Leaving Certificate Examination (including Day School Certificate (Higher) General paper), 1938
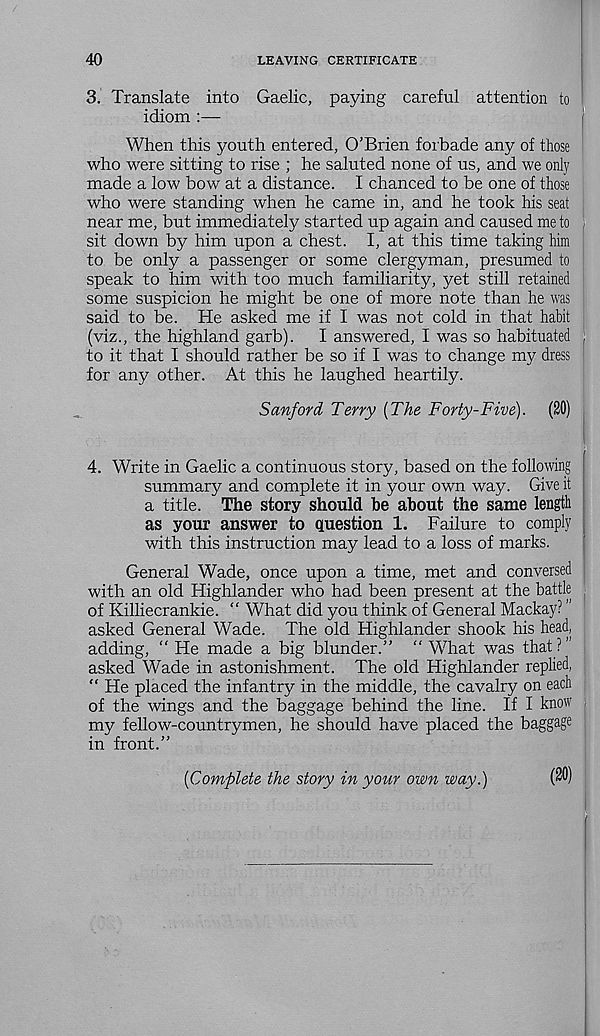
40
LEAVING CERTIFICATE
3. Translate into Gaelic, paying careful attention to
idiom :—
When this youth entered, O'Brien forbade any of those
who were sitting to rise ; he saluted none of us, and we only
made a low bow at a distance. I chanced to be one of those
who were standing when he came in, and he took his seat
near me, but immediately started up again and caused me to
sit down by him upon a chest. I, at this time taking him
to be only a passenger or some clergyman, presumed to
speak to him with too much familiarity, yet still retained
some suspicion he might be one of more note than he was
said to be. He asked me if I was not cold in that habit
(viz., the highland garb).
I answered, I was so habituated
to it that I should rather be so if I was to change my dress
for any other. At this he laughed heartily.
Sanford Terry [The Forty-Five). (20)
4. Write in Gaelic a continuous story, based on the following
summary and complete it in your own way. Give it
a title. The story should be about the same length
as your answer to question 1. Failure to comply
with this instruction may lead to a loss of marks.
General Wade, once upon a time, met and conversed
with an old Highlander who had been present at the battle
of Killiecrankie. “ What did you think of General Mackay? ”
asked General Wade. The old Highlander shook his head,
adding, " He made a big blunder.” “ What was that ? ”
asked Wade in astonishment. The old Highlander replied,
“ He placed the infantry in the middle, the cavalry on each
of the wings and the baggage behind the line. If I know
my fellow-countrymen, he should have placed the baggage
in front.”
{Complete the story in your own way.)
(30)